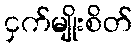
ငှက်မျိုးစိတ်